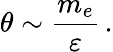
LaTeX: \theta\sim{\frac{m_{e}}{\varepsilon}}\, .